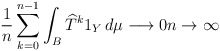
\begin{align*}\frac{1}{n}\sum_{k=0}^{n-1}\int_{B}\widehat{T}^{k}1_{Y}\,d\mu\longrightarrow0n\rightarrow\infty\end{align*}